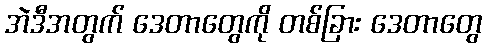
အဲဒီအတွက် ဒေတာတွေကို တစ်ခြား ဒေတာတွေ